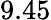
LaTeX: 9.45